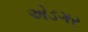
એડગર